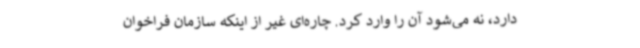
دارد، نه می‌شود آن را وارد کرد. چاره‌ای غیر از اینکه سازمان فراخوان